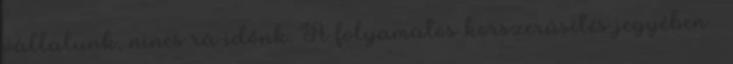
vállalunk, nincs rá időnk. A folyamatos korszerűsítés jegyében –